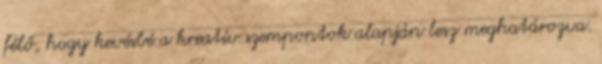
félő, hogy kevésbé a kreatív szempontok alapján lesz meghatározva.